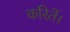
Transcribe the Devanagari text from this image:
करितें।